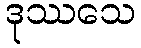
ဒုဿသေ